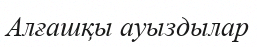
Алғашқы ауыздылар